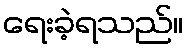
ရေးခဲ့ရသည်။